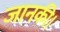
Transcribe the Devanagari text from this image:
जानकी।